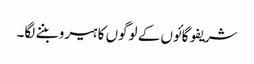
شریفو گائوں کے لوگوں کا ہیرو بننے لگا۔